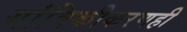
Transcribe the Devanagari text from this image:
यांत्रिकीकरणही